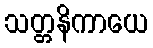
သတ္တနိကာယေ